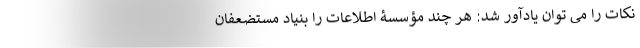
نکات را می توان یادآور شد: هر چند مؤسسۀ اطلاعات را بنیاد مستضعفان